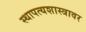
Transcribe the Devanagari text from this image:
स्थापत्यशास्त्रावर